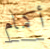
أكمام